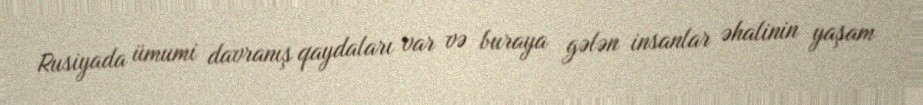
Rusiyada ümumi davranış qaydaları var və buraya gələn insanlar əhalinin yaşam